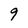
Character: 9